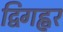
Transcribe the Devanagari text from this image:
द्विगह्वर